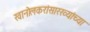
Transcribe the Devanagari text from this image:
खानोलकरांसारख्यांच्या